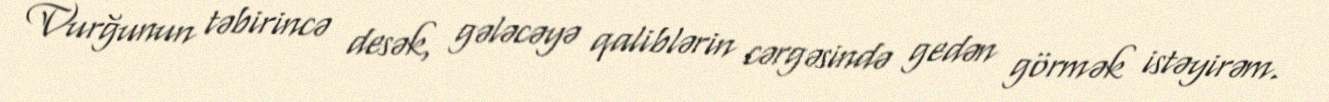
Vurğunun təbirincə desək, gələcəyə qaliblərin cərgəsində gedən görmək istəyirəm.